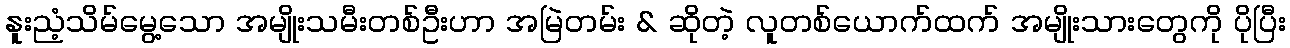
နူးညံ့သိမ်မွေ့သော အမျိုးသမီးတစ်ဦးဟာ အမြဲတမ်း & ဆိုတဲ့ လူတစ်ယောက်ထက် အမျိုးသားတွေကို ပိုပြီး